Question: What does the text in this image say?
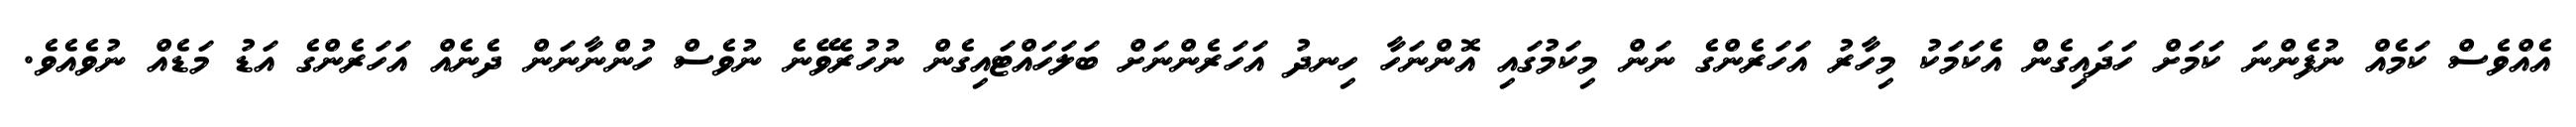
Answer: އެއްވެސް ކަމެއް ނުފެންނަ ކަމަށް ހަދައިގެން އެކަމަކު މިހާރު އަހަރެންގެ ނަން މިކަމުގައި އޮންނަހާ ހިނދު އަހަރެންނަށް ބަލަހައްޓައިގެން ނުހުރެވޭނެ ނުވެސް ހުންނާނަން ދެނެއް އަހަރެންގެ އަޑު މަޑެއް ނުވެއެވެ.